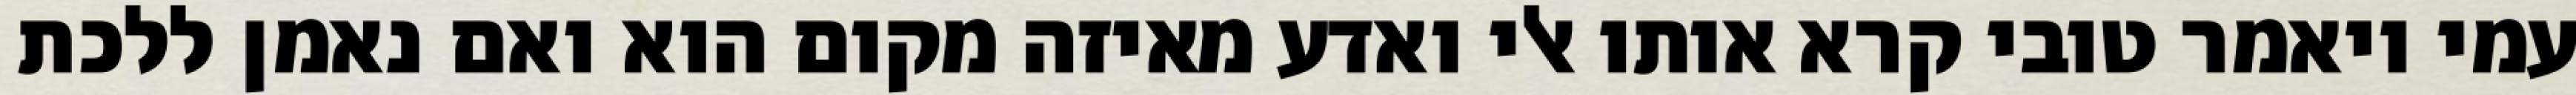
עמי ויאמר טובי קרא אותו אלי ואדע מאיזה מקום הוא ואם נאמן ללכת